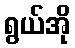
ရွယ်အို